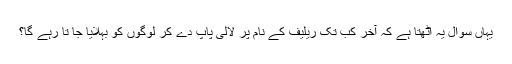
یہاں سوال یہ اٹھتا ہے کہ آخر کب تک ریلیف کے نام پر لالی پاپ دے کر لوگوں کو بہلایا جا تا رہے گا؟